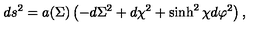
d s ^ { 2 } = a ( \Sigma ) \left( - d \Sigma ^ { 2 } + d \chi ^ { 2 } + \sinh ^ { 2 } \chi d \varphi ^ { 2 } \right) ,